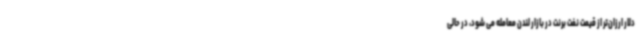
دلار ارزان‌تر از قیمت نفت برنت در بازار لندن معامله می شود، در حالی